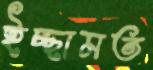
ইচ্ছামত